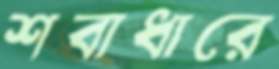
শবাধারে